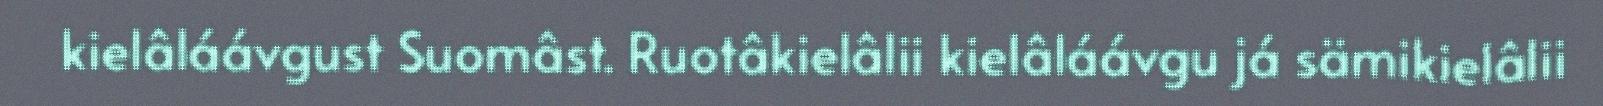
kielâláávgust Suomâst. Ruotâkielâlii kielâláávgu já sämikielâlii